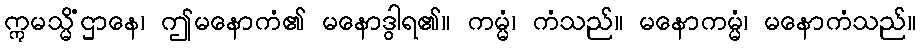
ဣမသ္မိံဌာနေ၊ ဤမနောကံ၏ မနောဒွါရ၏။ ကမ္မံ၊ ကံသည်။ မနောကမ္မံ၊ မနောကံသည်။